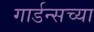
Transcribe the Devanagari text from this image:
गार्डन्सच्या